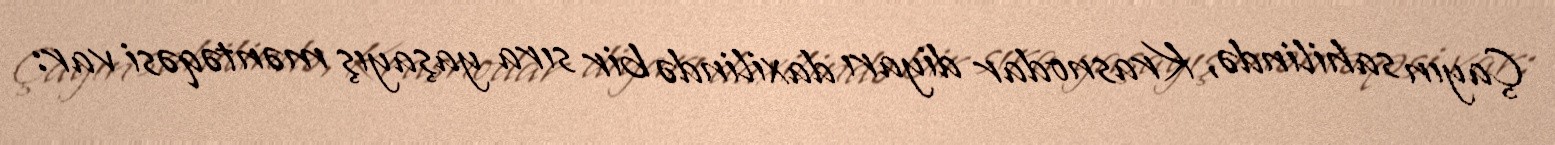
Çayın sahilində, Krasnodar diyarı daxilində bir sıra yaşayış məntəqəsi var: